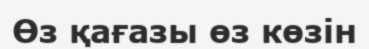
Өз қағазы өз көзін